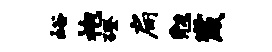
峪袍磴扁勉崴